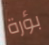
بؤرة